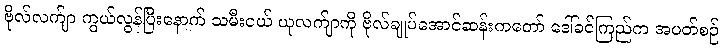
ဗိုလ်လက်ျာ ကွယ်လွန်ပြီးနောက် သမီးငယ် ယုလက်ျာကို ဗိုလ်ချုပ်အောင်ဆန်းကတော် ဒေါ်ခင်ကြည်က အပတ်စဉ်